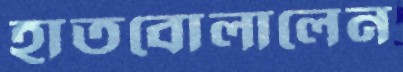
হাতবোলালেন